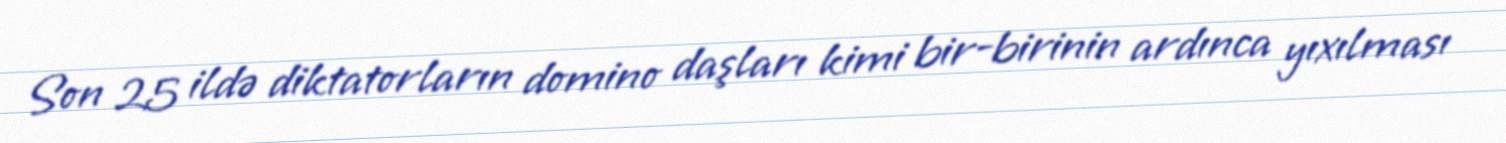
Son 25 ildə diktatorların domino daşları kimi bir-birinin ardınca yıxılması